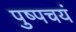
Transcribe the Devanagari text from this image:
पुष्पचयं